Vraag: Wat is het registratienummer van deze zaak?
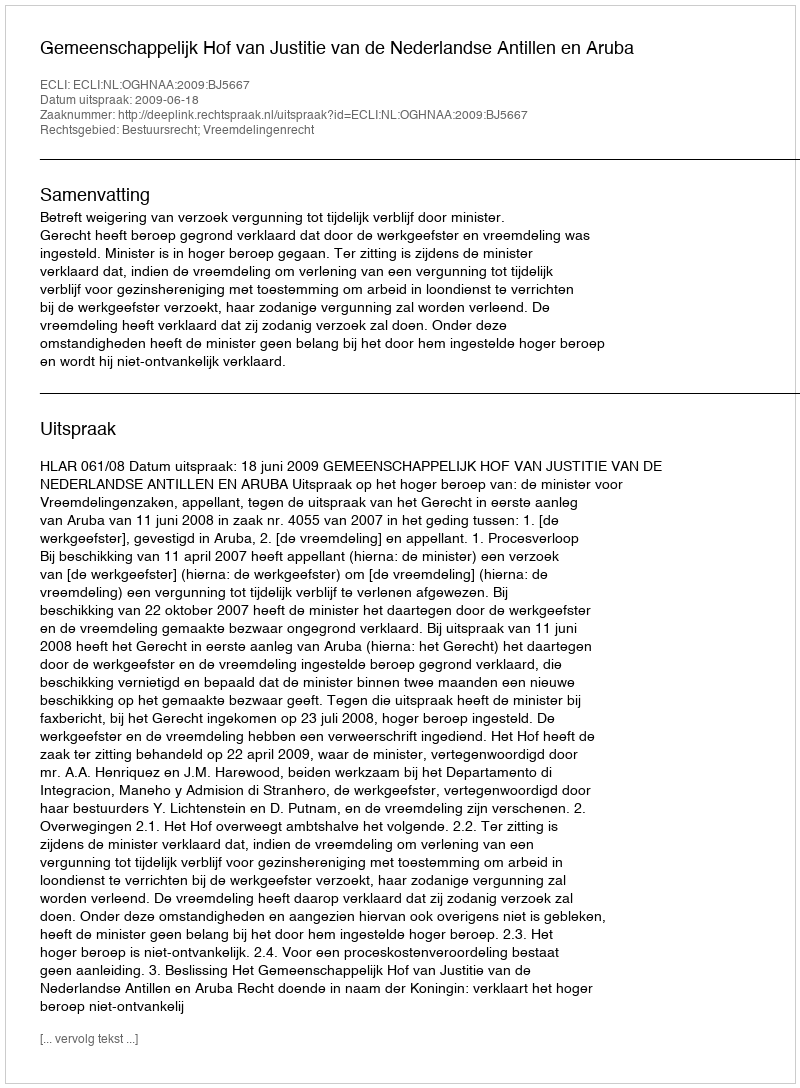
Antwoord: http://deeplink.rechtspraak.nl/uitspraak?id=ECLI:NL:OGHNAA:2009:BJ5667